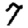
Digit: 7